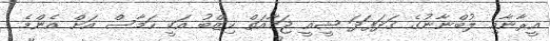
އީރާނާއި ލުބްނާނުގެ ގަދަފަދަ ޝީއީ ޖަމާއަތް ހިޒްބު އަކީ ހަމާސް އަށް އެންމެ